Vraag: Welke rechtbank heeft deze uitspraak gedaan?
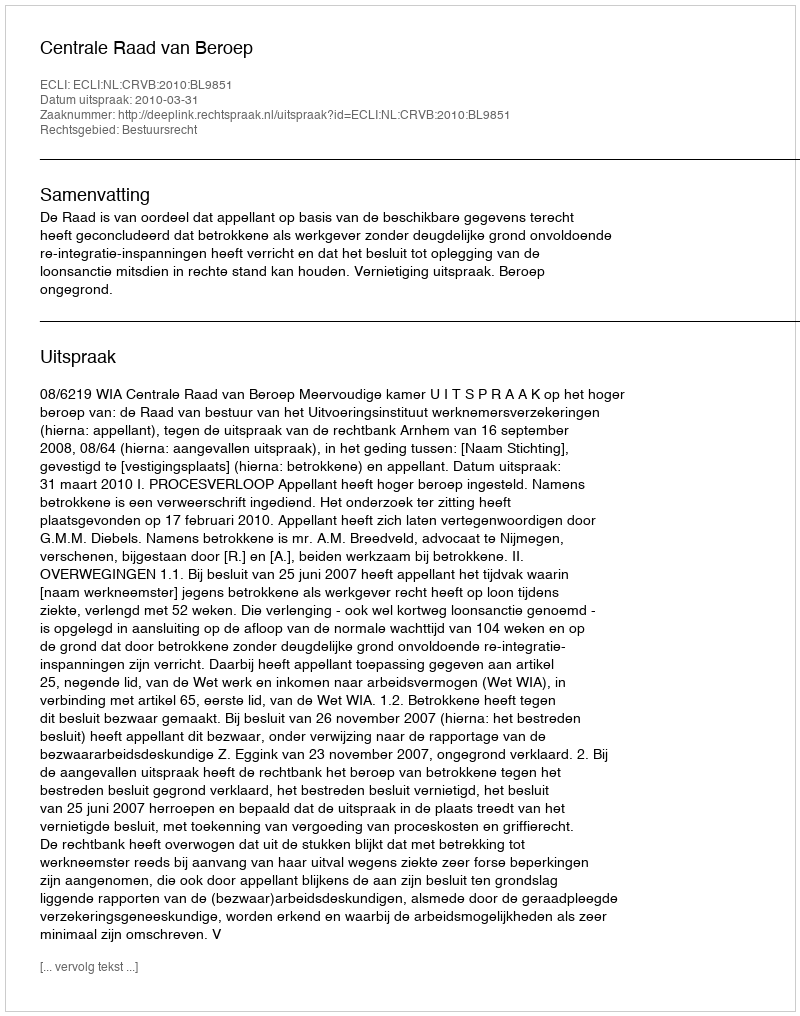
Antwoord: Centrale Raad van Beroep